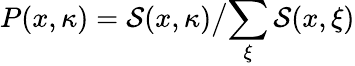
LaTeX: P(x,\kappa)={\mathcal{S}(x,\kappa)}\big/{\sum_{\xi}\mathcal{S}(x,\xi)}